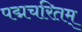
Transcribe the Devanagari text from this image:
पद्मचरितम्